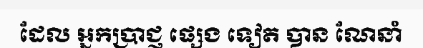
ដែល អ្នកប្រាជ្ញ ផ្សេង ទៀត បាន ណែនាំ